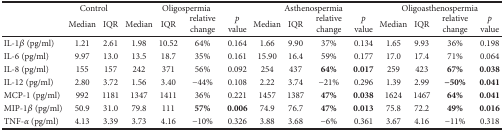
<table><thead><tr><td rowspan="2"></td><td colspan="2"><b>Control</b></td><td colspan="4"><b>Oligospermia</b></td><td colspan="4"><b>Asthenospermia</b></td><td colspan="4"><b>Oligoasthenospermia</b></td></tr><tr><td><b>Median</b></td><td><b>IQR</b></td><td><b>Median</b></td><td><b>IQR</b></td><td><b>relative change</b></td><td><b><i>p</i> value</b></td><td><b>Median</b></td><td><b>IQR</b></td><td><b>relative change</b></td><td><b><i>p</i> value</b></td><td><b>Median</b></td><td><b>IQR</b></td><td><b>relative change</b></td><td><b><i>p</i> value</b></td></tr></thead><tbody><tr><td>IL-1<i>β</i> (pg/ml)</td><td>1.21</td><td>2.61</td><td>1.98</td><td>10.52</td><td>64%</td><td>0.164</td><td>1.66</td><td>9.90</td><td>37%</td><td>0.134</td><td>1.65</td><td>9.93</td><td>36%</td><td>0.198</td></tr><tr><td>IL-6 (pg/ml)</td><td>9.97</td><td>13.0</td><td>13.5</td><td>18.7</td><td>35%</td><td>0.161</td><td>15.90</td><td>16.4</td><td>59%</td><td>0.177</td><td>17.0</td><td>17.4</td><td>71%</td><td>0.064</td></tr><tr><td>IL-8 (pg/ml)</td><td>155</td><td>157</td><td>242</td><td>371</td><td>56%</td><td>0.092</td><td>254</td><td>437</td><td><b>64%</b></td><td><b>0.017</b></td><td>259</td><td>423</td><td><b>67%</b></td><td><b>0.038</b></td></tr><tr><td>IL-12 (pg/ml)</td><td>2.80</td><td>3.72</td><td>1.56</td><td>3.40</td><td>−44%</td><td>0.108</td><td>2.22</td><td>3.74</td><td>−21%</td><td>0.296</td><td>1.39</td><td>2.99</td><td><b>−50%</b></td><td><b>0.041</b></td></tr><tr><td>MCP-1 (pg/ml)</td><td>992</td><td>1181</td><td>1347</td><td>1411</td><td>36%</td><td>0.221</td><td>1457</td><td>1387</td><td><b>47%</b></td><td><b>0.038</b></td><td>1624</td><td>1467</td><td><b>64%</b></td><td><b>0.041</b></td></tr><tr><td>MIP-1<i>β</i> (pg/ml)</td><td>50.9</td><td>31.0</td><td>79.8</td><td>111</td><td><b>57%</b></td><td><b>0.006</b></td><td>74.9</td><td>76.7</td><td><b>47%</b></td><td><b>0.013</b></td><td>75.8</td><td>72.2</td><td><b>49%</b></td><td><b>0.016</b></td></tr><tr><td>TNF-<i>α</i> (pg/ml)</td><td>4.13</td><td>3.39</td><td>3.73</td><td>4.16</td><td>−10%</td><td>0.326</td><td>3.88</td><td>3.68</td><td>−6%</td><td>0.361</td><td>3.67</td><td>4.16</td><td>−11%</td><td>0.318</td></tr></tbody></table>